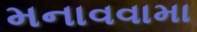
મનાવવામા